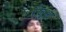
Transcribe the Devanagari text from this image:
रेजुआ